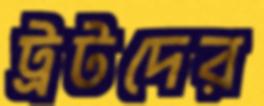
ট্রটদের